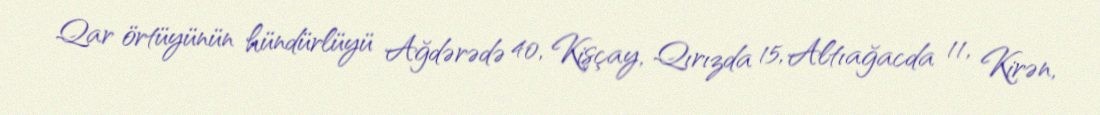
Qar örtüyünün hündürlüyü Ağdərədə 40, Kişçay, Qırızda 15, Altıağacda 11, Kirən,